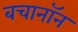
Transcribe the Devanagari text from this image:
बचानॉन